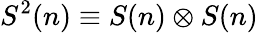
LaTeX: S^{2}(n)\equiv S(n)\otimes S(n)